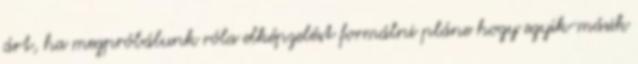
árt, ha megpróbálunk róla elképzelést formálni pláne hogy egyik-másik